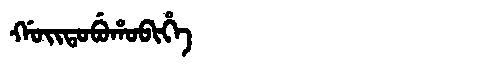
Manchu: ᡤᠣᡳᡨᠣᠪᡠᡥᠣᠪᡳᡥᡝ
Romanization: GOITOBUHOBIHE